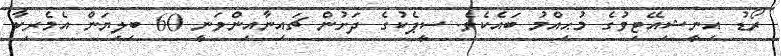
ރޯޑު އިނީޝިއޭޓިވުގެ މުޙިއްމު ބައެކެވެ. ސީޕެކުގެ ދަށުން ޗައިނާއިންވަނީ 60 ބިލިޔަން އެމެރިކާ